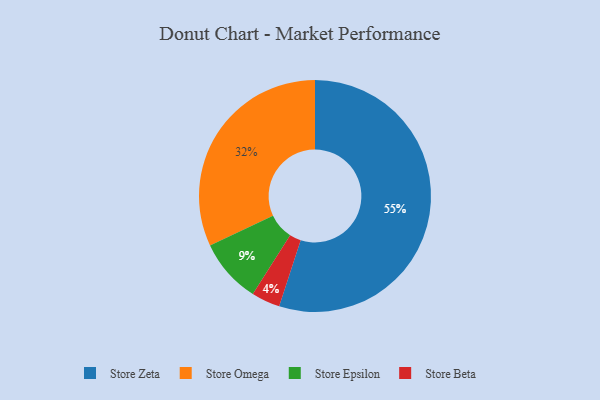
{"axis": {"x": "Category", "y": "Percentage"}, "legend": ["Store Beta", "Store Epsilon", "Store Omega", "Store Zeta"], "data": [{"x": "Store Omega", "y": 32, "type": "Store Omega"}, {"x": "Store Beta", "y": 4, "type": "Store Beta"}, {"x": "Store Epsilon", "y": 9, "type": "Store Epsilon"}, {"x": "Store Zeta", "y": 55, "type": "Store Zeta"}]}